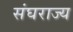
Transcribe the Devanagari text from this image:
संघराज्‍य